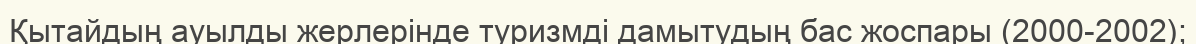
Қытайдың ауылды жерлерінде туризмді дамытудың бас жоспары (2000-2002);